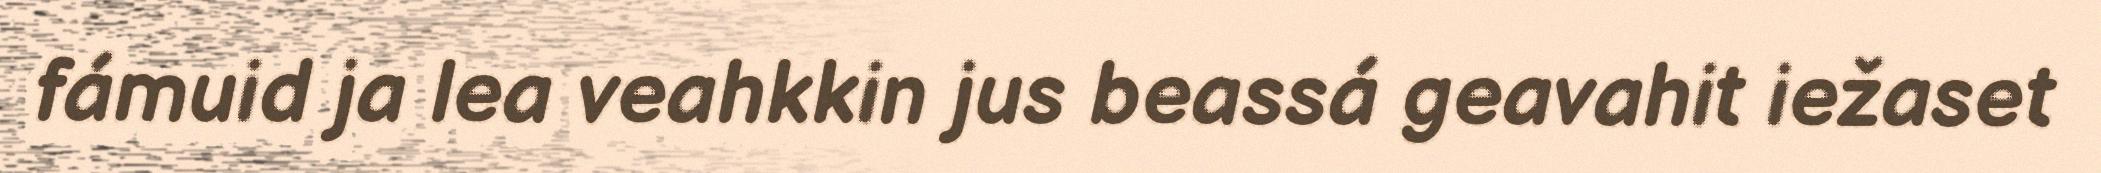
fámuid ja lea veahkkin jus beassá geavahit iežaset